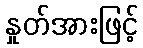
နှုတ်အားဖြင့်